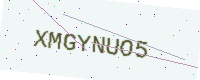
Text: XMGYNUO5